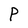
Character: P